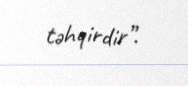
təhqirdir”.